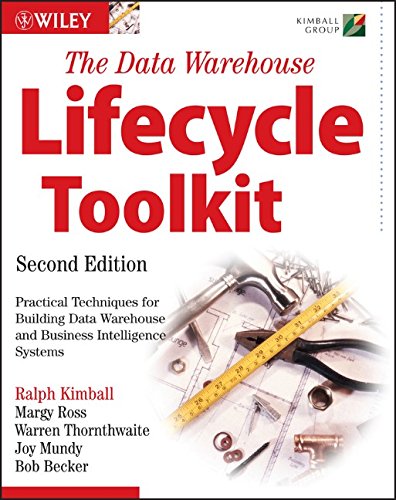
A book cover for The Data Warehouse Lifecycle Toolkit; Ralph Kimball; Computers & Technology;